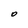
Character: O